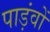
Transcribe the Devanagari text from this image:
पाड़ंवों